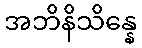
အဘိနိသိန္နေ